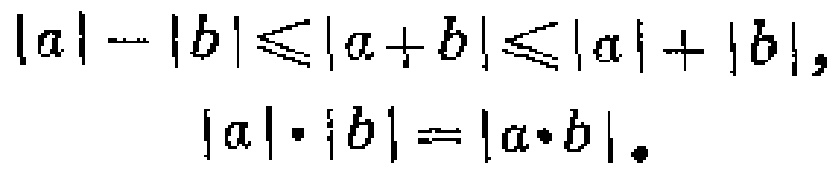
\[

\begin{align*}

|a|-|b|&\leqslant|a + b|\leqslant|a|+|b|,\\

|a|\cdot|b|&=|a\cdot b|.

\end{align*}

\]